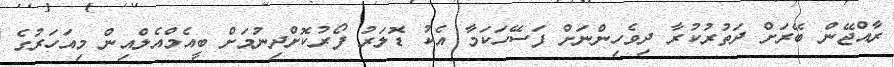
ރާއްޖޭން ބޭރަށް ދަތުރުކުރާ ދިވެހިންނަށް ފަސޭހަކަމާ އެކު ޑޮލަރު ފޯރުކޮށްދިނުމަށް ބީއެމްއެލްއިން މިއަހަރުގެ